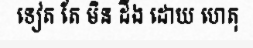
ទៀត តែ មិន ដឹង ដោយ ហេតុ